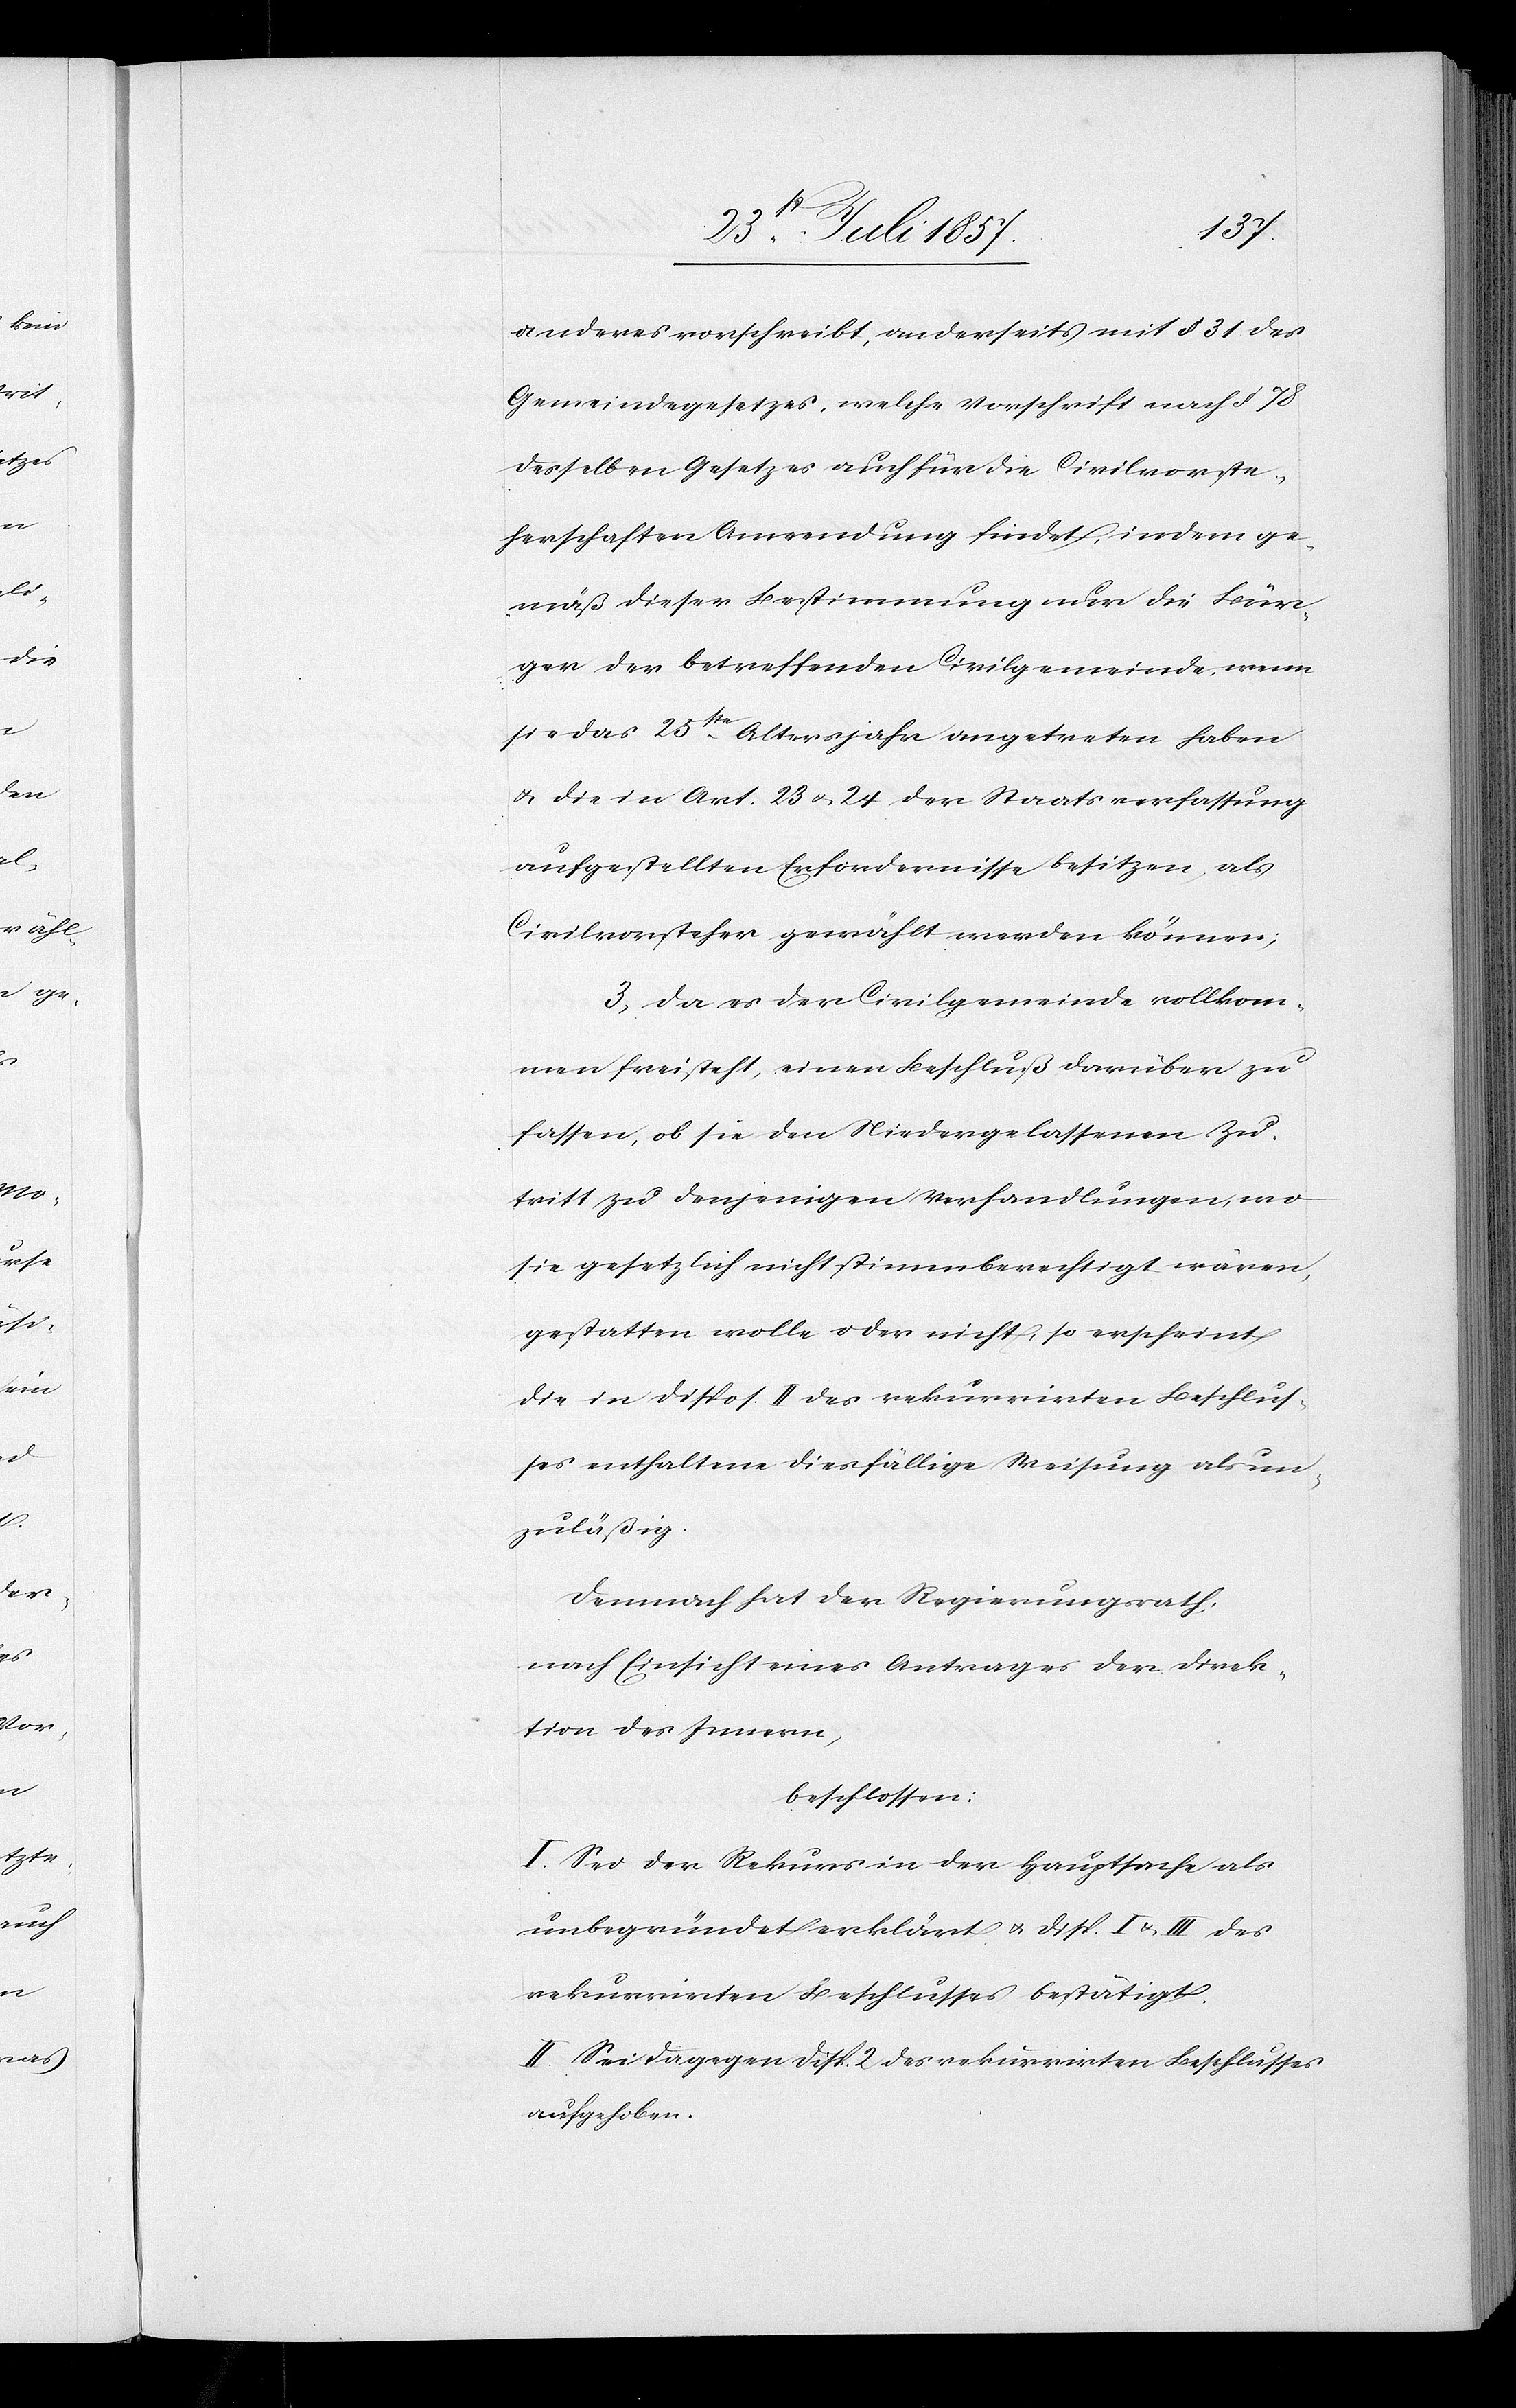
anderes vorschreibt, anderseits mit § 31 des
Gemeindegesetzes, welche Vorschrift nach § 78
desselben Gesetzes auch für die Civilvorste¬
herschaften Anwendung findet, indem ge¬
mäß dieser Bestimmung nur die Bür¬
ger der betreffenden Civilgemeinde, wenn
sie das 25ste Altersjahr angetreten haben
& die in Art. 23 & 24 der Staatsverfassung
aufgestellten Erfordernisse besitzen, als
Civilvorsteher gewählt werden können;
3. Da es der Civilgemeinde vollkom¬
men freisteht, einen Beschluß darüber zu
fassen, ob sie den Niedergelassenen Zu¬
tritt zu denjenigen Verhandlungen, wo
sie gesetzlich nicht stimmberechtigt wären,
gestatten wolle oder nicht, so erscheint
die in Dispos. II des rekurrirten Beschlus¬
ses enthaltene diesfällige Weisung als un¬
zuläßig.
Demnach hat der Regierungsrath,
nach Einsicht eines Antrages der Direk¬
tion des Innern,
beschlossen:
I. Sei der Rekurs in der Hauptsache als
unbegründet erklärt & Disp. I & III des
rekurrirten Beschlusses bestätigt.
II. Sei dagegen Disp. 2 des rekurrirten Beschlusses